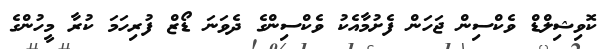
ކޮވިޝިލްޑް ވެކްސިން ޖަހަންް ފެށުމާއެކު ވެކްސިންގެ ދެެވަނަ ޑޯޒް ފުރިހަމަ ކުރާ މީހުންގެ